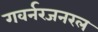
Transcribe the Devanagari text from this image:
गवर्नरजनरल